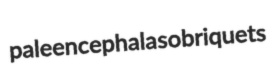
paleencephala sobriquets